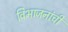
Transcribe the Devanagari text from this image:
विभाजनांची